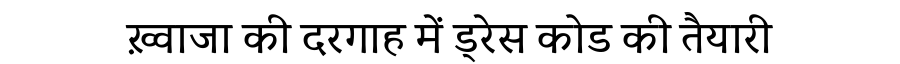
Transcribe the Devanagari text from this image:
ख़्वाजा की दरगाह में ड्रेस कोड की तैयारी